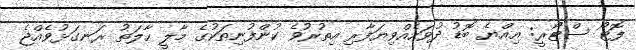
ފޮޓޯ ސްޓޯރީ: އިއްޔެ ބޮޑު ދުވަހެއްވިޔަފާރި އިތުރުވެ ކުންފުނިތަކުގެ މާލީ ހާލަތު ރަނގަޅުވެއްޖެ